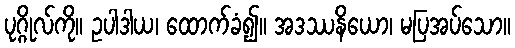
ပုဂ္ဂိုလ်ကို။ ဥပါဒါယ၊ ထောက်ခံ၍။ အဒဿနိယော၊ မပြအပ်သော။